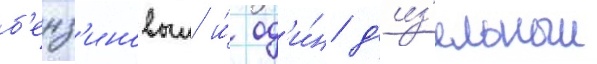
б'енз'иновыи и́ од'и́н д'из'ельныи